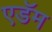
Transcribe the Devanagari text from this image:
एडॅम